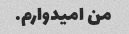
من امیدوارم.